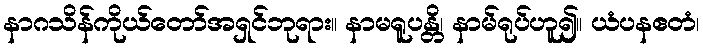
နာဂသိန်ကိုယ်တော်အရှင်ဘုရား။ နာမရူပန္တိ၊ နာမ်ရုပ်ဟူ၍။ ယံပနဧတံ၊